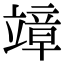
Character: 𥪮